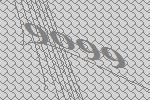
9099